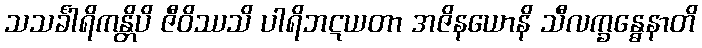
သသင်္ခါရိကန္တိပိ ဇီဝိဿသိ ပါရိဘဋယတာ အဇိနယောနိ သီလက္ခန္ဓေနာတိ